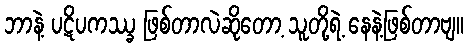
ဘာနဲ့ ပဋိပကဿ္ခ ဖြစ်တာလဲဆိုတော့ သူတို့ရဲ့ နေနဲ့ဖြစ်တာဗျ။